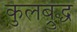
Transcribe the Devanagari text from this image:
कुलब्रुद्ध